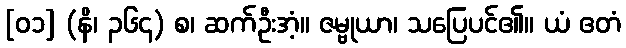
[၀၁] (နိ၊ ၃၆၄) စ၊ ဆက်ဦးအံ့။ ဇမ္ဗုယာ၊ သပြေပင်၏။ ယံ ဧတံ